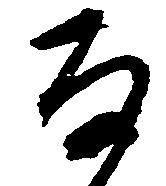
な